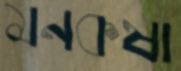
মনকষা